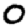
Digit: 0